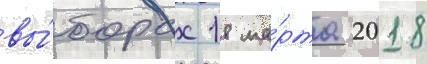
вы́борах 18 ма́рта 2018